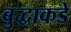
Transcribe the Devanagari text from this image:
बुद्धाकडे